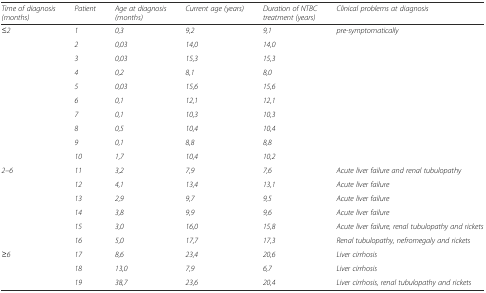
<table><thead><tr><td><b><i>Time of diagnosis</i><i>(months)</i></b></td><td><b><i>Patient</i></b></td><td><b><i>Age at diagnosis (months)</i></b></td><td><b><i>Current age (years)</i></b></td><td><b><i>Duration of NTBC treatment (years)</i></b></td><td><b><i>Clinical problems at diagnosis</i></b></td></tr></thead><tbody><tr><td rowspan="10"><i>≤2</i></td><td><i>1</i></td><td><i>0,3</i></td><td><i>9,2</i></td><td><i>9,1</i></td><td rowspan="10"><i>pre-symptomatically</i></td></tr><tr><td><i>2</i></td><td><i>0,03</i></td><td><i>14,0</i></td><td><i>14,0</i></td></tr><tr><td><i>3</i></td><td><i>0,03</i></td><td><i>15,3</i></td><td><i>15,3</i></td></tr><tr><td><i>4</i></td><td><i>0,2</i></td><td><i>8,1</i></td><td><i>8,0</i></td></tr><tr><td><i>5</i></td><td><i>0,03</i></td><td><i>15,6</i></td><td><i>15,6</i></td></tr><tr><td><i>6</i></td><td><i>0,1</i></td><td><i>12,1</i></td><td><i>12,1</i></td></tr><tr><td><i>7</i></td><td><i>0,1</i></td><td><i>10,3</i></td><td><i>10,3</i></td></tr><tr><td><i>8</i></td><td><i>0,5</i></td><td><i>10,4</i></td><td><i>10,4</i></td></tr><tr><td><i>9</i></td><td><i>0,1</i></td><td><i>8,8</i></td><td><i>8,8</i></td></tr><tr><td><i>10</i></td><td><i>1,7</i></td><td><i>10,4</i></td><td><i>10,2</i></td></tr><tr><td rowspan="6"><i>2–6</i></td><td><i>11</i></td><td><i>3,2</i></td><td><i>7,9</i></td><td><i>7,6</i></td><td><i>Acute liver failure and renal tubulopathy</i></td></tr><tr><td><i>12</i></td><td><i>4,1</i></td><td><i>13,4</i></td><td><i>13,1</i></td><td><i>Acute liver failure</i></td></tr><tr><td><i>13</i></td><td><i>2,9</i></td><td><i>9,7</i></td><td><i>9,5</i></td><td><i>Acute liver failure</i></td></tr><tr><td><i>14</i></td><td><i>3,8</i></td><td><i>9,9</i></td><td><i>9,6</i></td><td><i>Acute liver failure</i></td></tr><tr><td><i>15</i></td><td><i>3,0</i></td><td><i>16,0</i></td><td><i>15,8</i></td><td><i>Acute liver failure, renal tubulopathy and rickets</i></td></tr><tr><td><i>16</i></td><td><i>5,0</i></td><td><i>17,7</i></td><td><i>17,3</i></td><td><i>Renal tubulopathy, nefromegaly and rickets</i></td></tr><tr><td rowspan="3"><i>≥6</i></td><td><i>17</i></td><td><i>8,6</i></td><td><i>23,4</i></td><td><i>20,6</i></td><td><i>Liver cirrhosis</i></td></tr><tr><td><i>18</i></td><td><i>13,0</i></td><td><i>7,9</i></td><td><i>6,7</i></td><td><i>Liver cirrhosis</i></td></tr><tr><td><i>19</i></td><td><i>38,7</i></td><td><i>23,6</i></td><td><i>20,4</i></td><td><i>Liver cirrhosis, renal tubulopathy and rickets</i></td></tr></tbody></table>